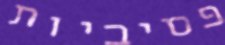
פסיביות